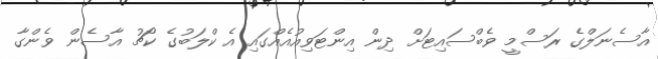
އާސެނަލްގެ ރަސްމީ ވެބްސައިޓަށް ދިން އިންޓަވިއުއެއްގައި އެ ކްލަބުގެ ކޯޗު އާސެން ވެންގާ